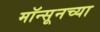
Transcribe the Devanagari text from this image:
मॉन्सूनच्या